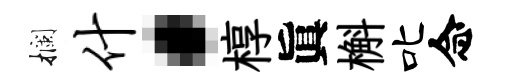
攔什·椁眞槲叱念